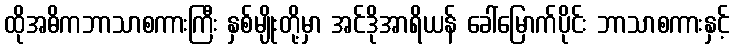
ထိုအဓိကဘာသာစကားကြီး နှစ်မျိုးတို့မှာ အင်ဒိုအာရိယန် ခေါ်မြောက်ပိုင်း ဘာသာစကားနှင့်